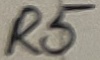
Text: R5